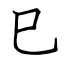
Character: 巳